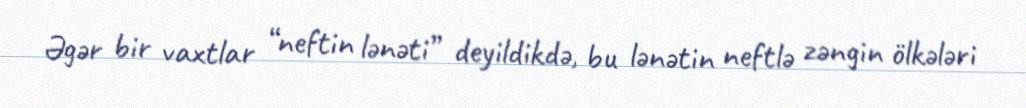
Əgər bir vaxtlar “neftin lənəti” deyildikdə, bu lənətin neftlə zəngin ölkələri